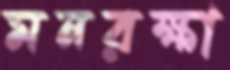
মনরক্ষা